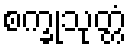
စက္ခုသုတ္တံ